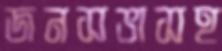
জনসভাসহ